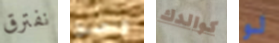
نفترق ونصبح كوالدك لو